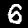
Digit: 6